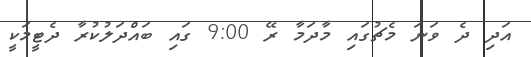
އަދި ދެ ވަނަ މެޗުގައި މާދަމާ ރޭ 9:00 ގައި ބައްދަލުކުރާ ދެޓީމަކީ